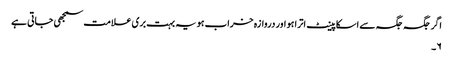
اگر جگہ جگہ سے اسکا پینٹ اترا ہو اور دروازہ خراب ہو یہ بہت بری علامت سمجھی جاتی ہے
۶۔